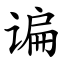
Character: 谝